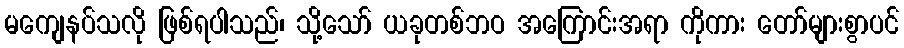
မကျေနပ်သလို ဖြစ်ရပါသည်၊ သို့သော် ယခုတစ်ဘဝ အကြောင်းအရာ ကိုကား တော်များစွာပင်